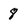
Character: 8